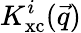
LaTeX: K_{\mathrm{xc}}^{i}(\vec{q})